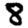
Digit: 8